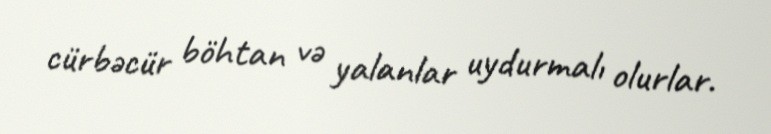
cürbəcür böhtan və yalanlar uydurmalı olurlar.